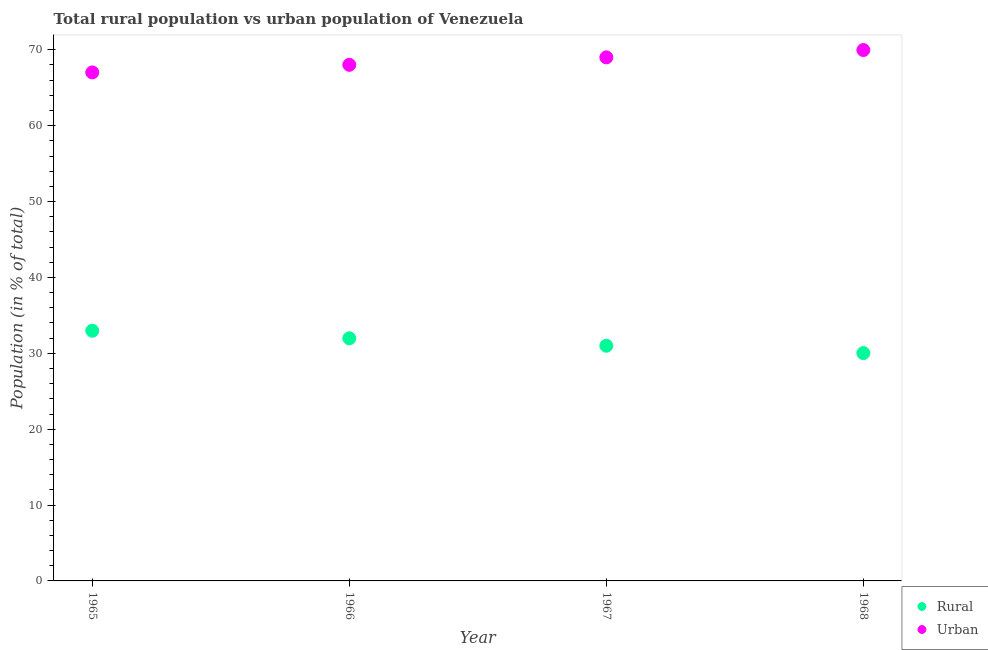
| Year | Rural | Urban |
 | --- | --- | --- |
 | 1965 | 33 | 67 |
 | 1966 | 32 | 68 |
 | 1967 | 31 | 69 |
 | 1968 | 30 | 70 |